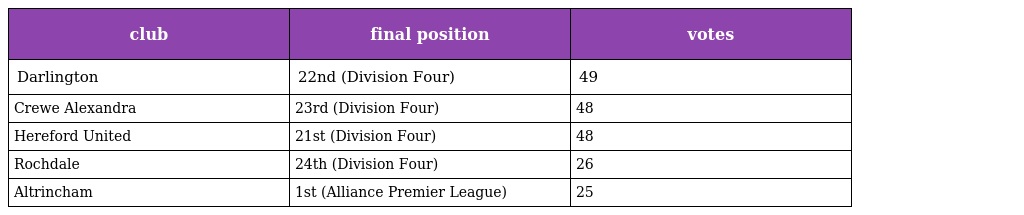
| club | final position | votes |
 | --- | --- | --- |
 | Darlington | 22nd (Division Four) | 49 |
 | Crewe Alexandra | 23rd (Division Four) | 48 |
 | Hereford United | 21st (Division Four) | 48 |
 | Rochdale | 24th (Division Four) | 26 |
 | Altrincham | 1st (Alliance Premier League) | 25 |